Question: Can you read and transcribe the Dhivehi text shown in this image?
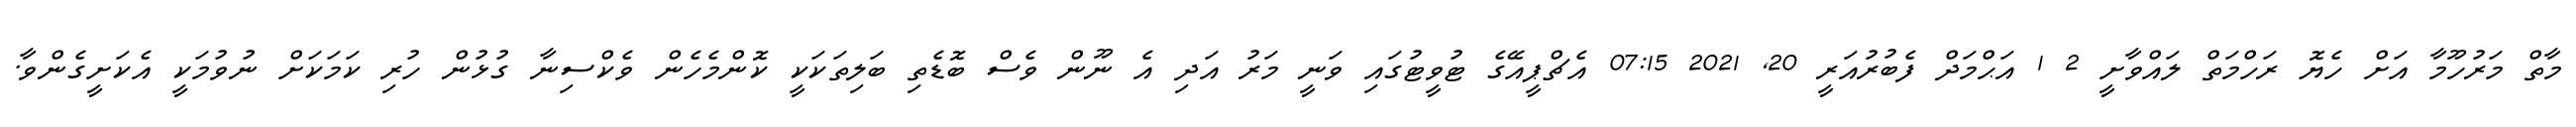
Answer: މާތް މަރުހޫމާ އަށް ހެޔޮ ރަހްމަތް ލައްވާށީ 2 1 އަޙްމަދް ފެބުރުއަރީ 20, 2021 07:15 އެޗްޕީއޭގެ ޓުވީޓުގައި ވަނީ މަރު އަދި އެ ނޫން ވެސް ބޮޑެތި ބަލިތަކަކީ ކޮންމެހެން ވެކްސިނާ ގުޅުން ހުރި ކަމަކަށް ނުވުމަކީ އެކަށީގެންވާ.